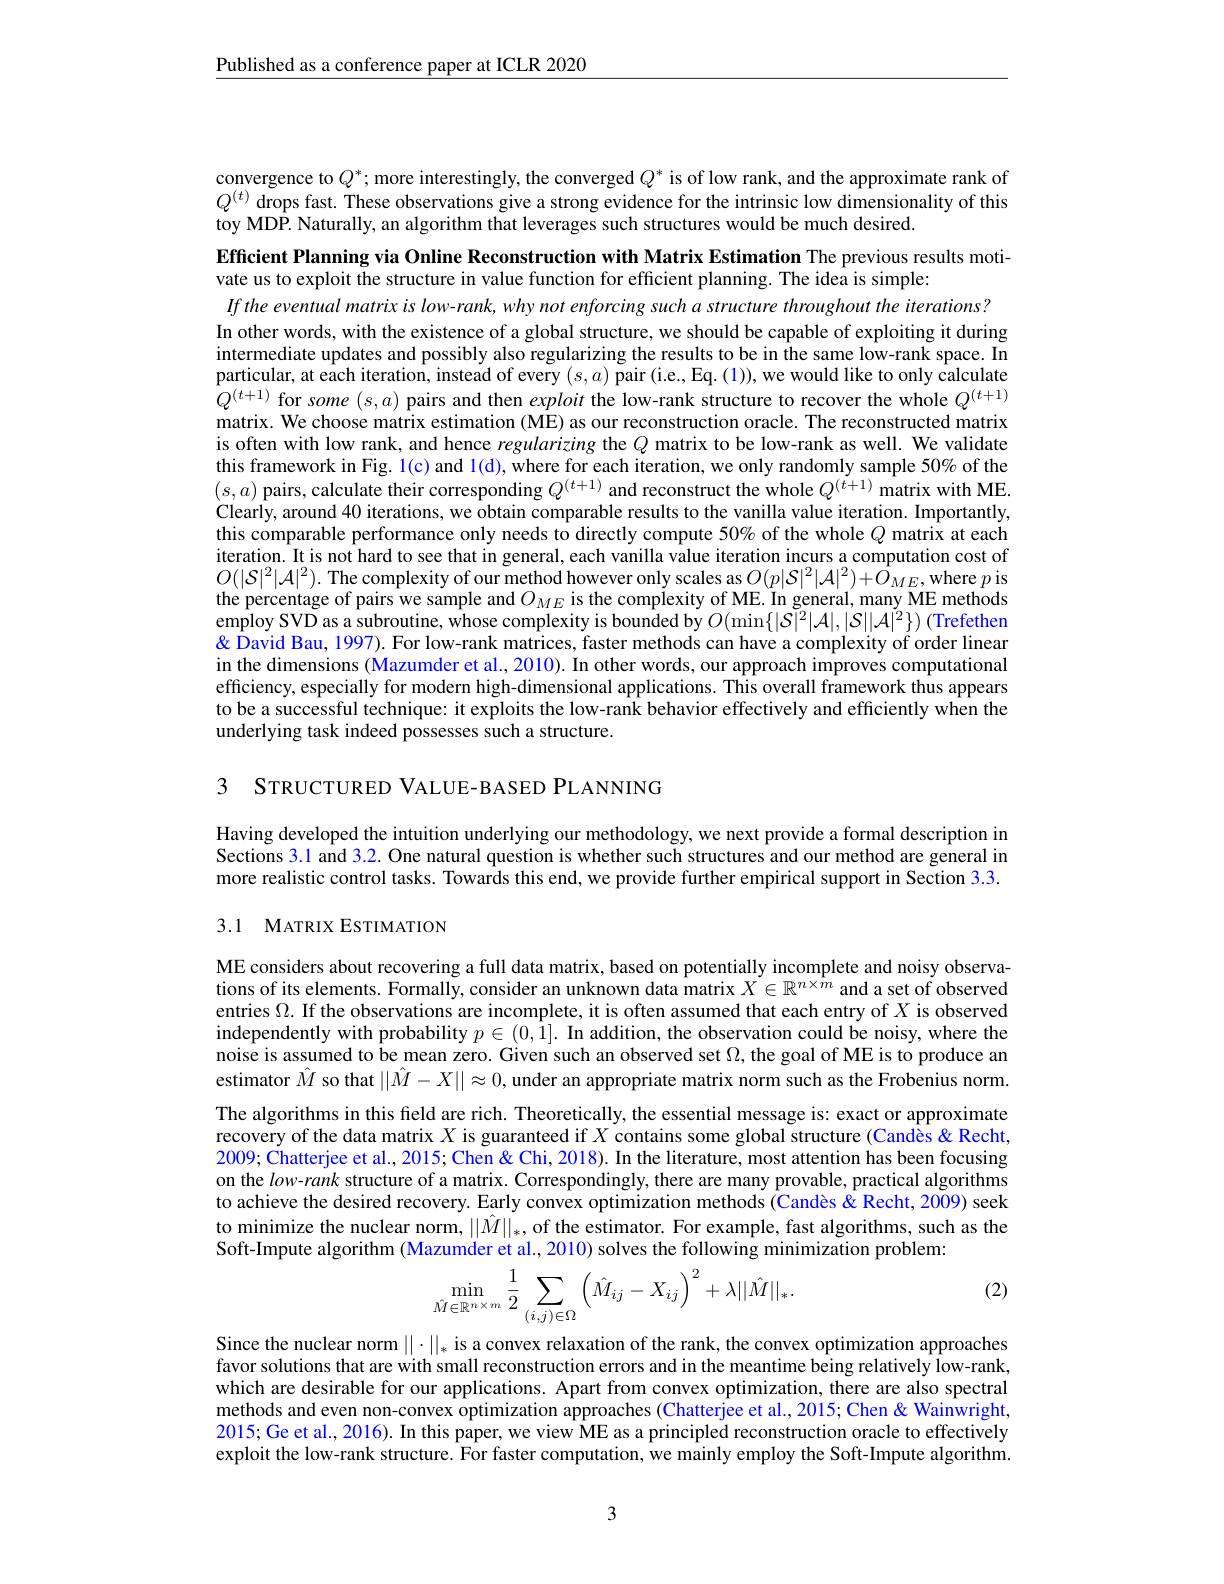
$\underline{\text{Published as a conference paper at ICLR 2020}}$

convergence to $Q^*;$ more interestingly, the converged $Q^*$ is of low rank, and the approximate rank of $Q^{(t)}$ drops fast. These observations give a strong evidence for the intrinsic low dimensionality of this toy MDP. Naturally, an algorithm that leverages such structures would be much desired.

Efficient Planning via Online Reconstruction with Matrix Estimation The previous results moti-

vate us to exploit the structure in value function for efficient planning. The idea is simple:
If the eventual matrix is low-rank, why not enforcing such a structure throughout the iterations?
In other words, with the existence of a global structure, we should be capable of exploiting it during intermediate updates and possibly also regularizing the results to be in the same low-rank space. In particular, at each iteration, instead of every $(s,a)$ pair (i.e., Eq. (1)), we would like to only calculate $Q^{(t+1)}$ for some $(s,a)$ pairs and then exploit the low-rank structure to recover the whole $Q^(t+1)$ matrix. We choose matrix estimation (ME) as our reconstruction oracle. The reconstructed matrix is often with low rank, and hence regularizing the $Q$ matrix to be low-rank as well. We validate this framework in Fig. $\color{red}{1(\mathrm{c})\text{and l(d), where for each iteration, we only randomly sample 50\% of the}}$ $(s,a)$ pairs, calculate their corresponding $Q^(t+1)$ and reconstruct the whole $Q^(t+1)$ matrix with ME. Clearly, around 40 iterations, we obtain comparable results to the vanilla value iteration. Importantly this comparable performance only needs to directly compute 50% of the whole $Q$ matrix at each iteration. It is not hard to see that in general, each vanilla value iteration incurs a computation cost of $O(|\mathcal{S}|^2|\mathcal{A}|^2).$ The complexity of our method however only scales as $O(p|\mathcal{S}|^2|\mathcal{A}|^2)+\dot{O}_{ME}$,where $p$ is the percentage of pairs we sample and $O_{ME}$ is the complexity of ME. In general, many ME methods employ SVD as a subroutine, whose complexity is bounded by $O(\min\{|\mathcal{S}|^2|\mathcal{A}|,|\mathcal{S}||\mathcal{A}|^2\})$ (Trefethen & Porder linear (1997). For low-rank matrices, faster methods can have a complexity of order linear in the dimensions (Mazumder et al. 2010). In other words, our approach improves computational efficiency, especially for modern high-dimensional applications. This overall framework thus appears to be a successful technique: it exploits the low-rank behavior effectively and efficiently when the underlying task indeed possesses such a structure.

3 STRUCTURED VALUE-BASED PLANNING

Having developed the intuition underlying our methodology, we next provide a formal description in Sections 3.1 and 3.2. One natural question is whether such structures and our method are general in more realistic control tasks. Towards this end, we provide further empirical support in Section 3.3. 3.1 MATRIX ESTIMATION

ME considers about recovering a full data matrix, based on potentially incomplete and noisy observations of its elements. Formally, consider an unknown data matrix $X\in\mathbb{R}^n\times\bar{m}$ and a set of observed entries $\Omega.$ If the observations are incomplete, it is often assumed that each entry of $X$ is observed independently with probability $p\in(0,\bar{1}].$ In addition, the observation could be noisy, where the noise is assumed to be mean zero. Given such an observed set $\Omega$,the goal of ME is to produce an estimator $\hat{M}$ so that $||\hat{M}-X||\approx0$, under an appropriate matrix norm such as the Frobenius norm. The algorithms in this field are rich. Theoretically, the essential message is: exact or approximate recovery of the data matrix $X$ is guaranteed if $X$ contains some global structure (Candès &Recht, $2009;\tilde{\text{Chatterjeeetal.,2015;Chen"Chen"Chi,2018}}).$ In the literature, most attention has been focusing on the $low-rank$ structure of a matrix. Correspondingly, there are many provable, practical algorithms to achieve the desired recovery. Early convex optimization methods (Candès &Recht, 2009) seek to minimize the nuclear norm, $||\hat{M}||_*$, of the estimator. For example, fast algorithms, such as the Soft-Impute algorithm (Mazumder et al., 2010) solves the following minimization problem:

(2)
$$\min\limits_{\hat{M}\in\mathbb{R}^{n\times m}}\frac{1}{2}\sum\limits_{(i,j)\in\Omega}\left(\hat{M}_{ij}-X_{ij}\right)^{2}+\lambda||\hat{M}||_{*}.$$
Since the nuclear norm $||\cdot||_*$ is a convex relaxation of the rank, the convex optimization approaches favor solutions that are with small reconstruction errors and in the meantime being relatively low-rank, which are desirable for our applications. Apart from convex optimization, there are also spectral methods and even non-convex optimization approaches (Chatterjee et al., 2015; Chen & Wainwright, 2015; Ge et al., 2016). In this paper, we view ME as a principled reconstruction oracle to effectively exploit the low-rank structure. For faster computation, we mainly employ the Soft-Impute algorithm.

3